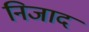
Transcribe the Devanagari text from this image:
निजाद